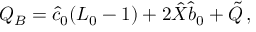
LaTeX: Q _ { B } = \hat { c } _ { 0 } ( L _ { 0 } - 1 ) + 2 \hat { X } \hat { b } _ { 0 } + \tilde { Q } \, ,